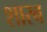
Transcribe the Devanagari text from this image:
शारब